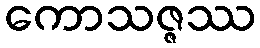
ကောသဇ္ဇဿ